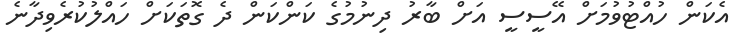
އެކަން ހުއްޓުވުމަށް އޭސީސީ އަށް ބާރު ދިނުމުގެ ކަންކަން ދެ ގޮތަކަށް ހައްލުކުރެވިދާނެ